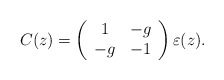
\begin{align*}C(z)=\left(\begin{array}{cc} 1& -g \\-g & -1\end{array}\right)\varepsilon (z). \end{align*}